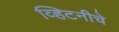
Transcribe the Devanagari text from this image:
व्हिटनीचे